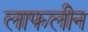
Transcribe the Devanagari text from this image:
लाफलीन